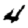
Digit: 4